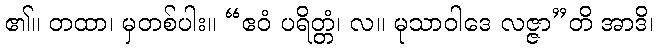
၏။ တထာ၊ မှတစ်ပါး။ “ဧဝံ ပရိတ္တံ၊ လ။ မုသာဝါဒေ လဇ္ဇာ”တိ အာဒိ၊